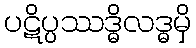
ပဋိပ္ပဿဒ္ဓိလဒ္ဓမှိ